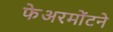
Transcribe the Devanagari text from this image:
फेअरमोंटने